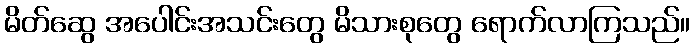
မိတ်ဆွေ အပေါင်းအသင်းတွေ မိသားစုတွေ ရောက်လာကြသည်။